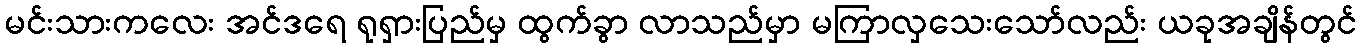
မင်းသားကလေး အင်ဒရေ ရုရှားပြည်မှ ထွက်ခွာ လာသည်မှာ မကြာလှသေးသော်လည်း ယခုအချိန်တွင်